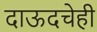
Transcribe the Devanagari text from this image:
दाऊदचेही